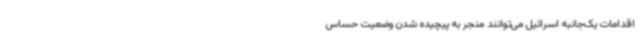
اقدامات یک‌جانبه اسرائیل می‌توانند منجر به پیچیده شدن وضعیت حساس